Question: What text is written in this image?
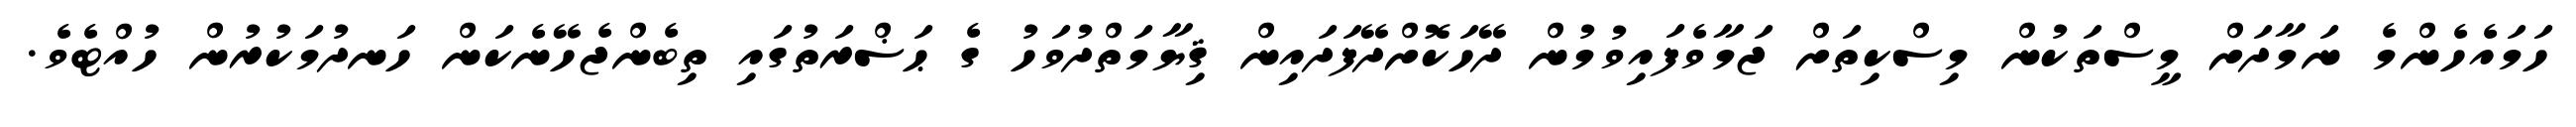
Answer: ހަމައެހެންމެ ނަމާދަށް މީސްތަކުން މިސްކިތަށް ޖަމާވެފައިވުމުން ދޭހަކޮށްދޭފަދައިން ޤިޔާމަތްދުވަހު ގެ ޙަޟްރަތުގައި ތިބެންޖެހޭނެކަން ހަނދުމަކުރުން ހުއްޓެވެ.